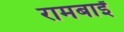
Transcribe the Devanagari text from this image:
रामबाईं